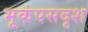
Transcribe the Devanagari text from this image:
भूकंपसदृश